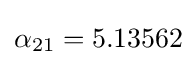
\alpha _{21}=5.13562